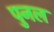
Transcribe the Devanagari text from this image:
पुनल